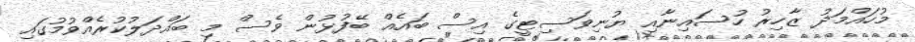
މުހައްމަދު ޒާހިރު ހުސައިނާއި ޔުނިވަސިޓީގެ އިސް ބައެއް ބޭފުޅުން ވެސް މި ބައްދަލުކުރެއްވުމުގައި